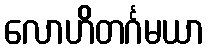
လောဟိတင်္ဂမယာ